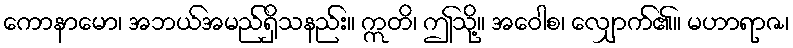
ကောနာမော၊ အဘယ်အမည်ရှိသနည်း။ ဣတိ၊ ဤသို့။ အဝေါစ၊ လျှောက်၏။ မဟာရာဇ၊